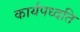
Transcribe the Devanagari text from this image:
कार्यपध्दति